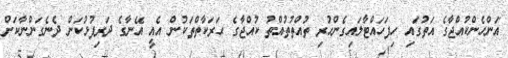
އަންހެންކުއްޖާގެ އަތުގައި ހިފަހައްޓާލައިގެންހުރި ތުއްތުތުއްތު ކުއްޖާގެ ޙަރަކާތްތަކުން އެއީ އޭނާގެ ދަރިފުޅުކަން ދެނެގަންނާކަށް